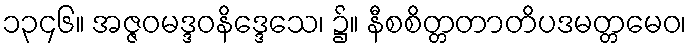
၁၃၄၆။ အဇ္ဇဝမဒ္ဒဝနိဒ္ဒေသေ၊ ၌။ နီစစိတ္တတာတိပဒမတ္တမေဝ၊